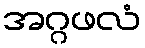
အဂ္ဂဖလံ